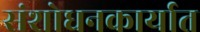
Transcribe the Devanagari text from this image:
संशोधनकार्यात